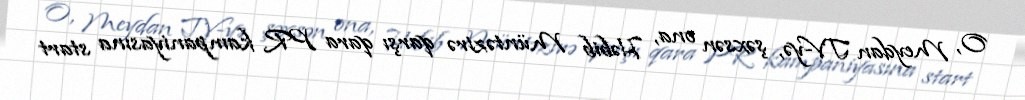
O, Meydan TV-yə, şəxsən ona, Həbib Müntəzirə qarşı qara PR kampaniyasına start